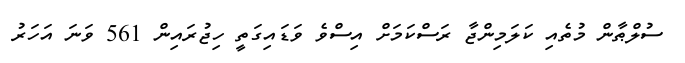
ސުލްޠާން މުތެއި ކަލަމިންޖާ ރަސްކަމަށް އިސްވެ ވަޑައިގަތީ ހިޖުރައިން 561 ވަނަ އަހަރު